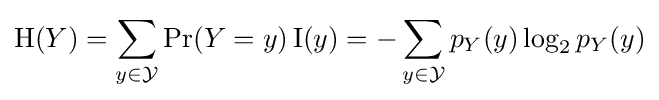
\mathrm {H} (Y)=\sum _{y\in {\mathcal {Y}}}{\mathrm {Pr} (Y=y)\,\mathrm {I} (y)}=-\sum _{y\in {\mathcal {Y}}}{p_{Y}(y)\log _{2}{p_{Y}(y)}}